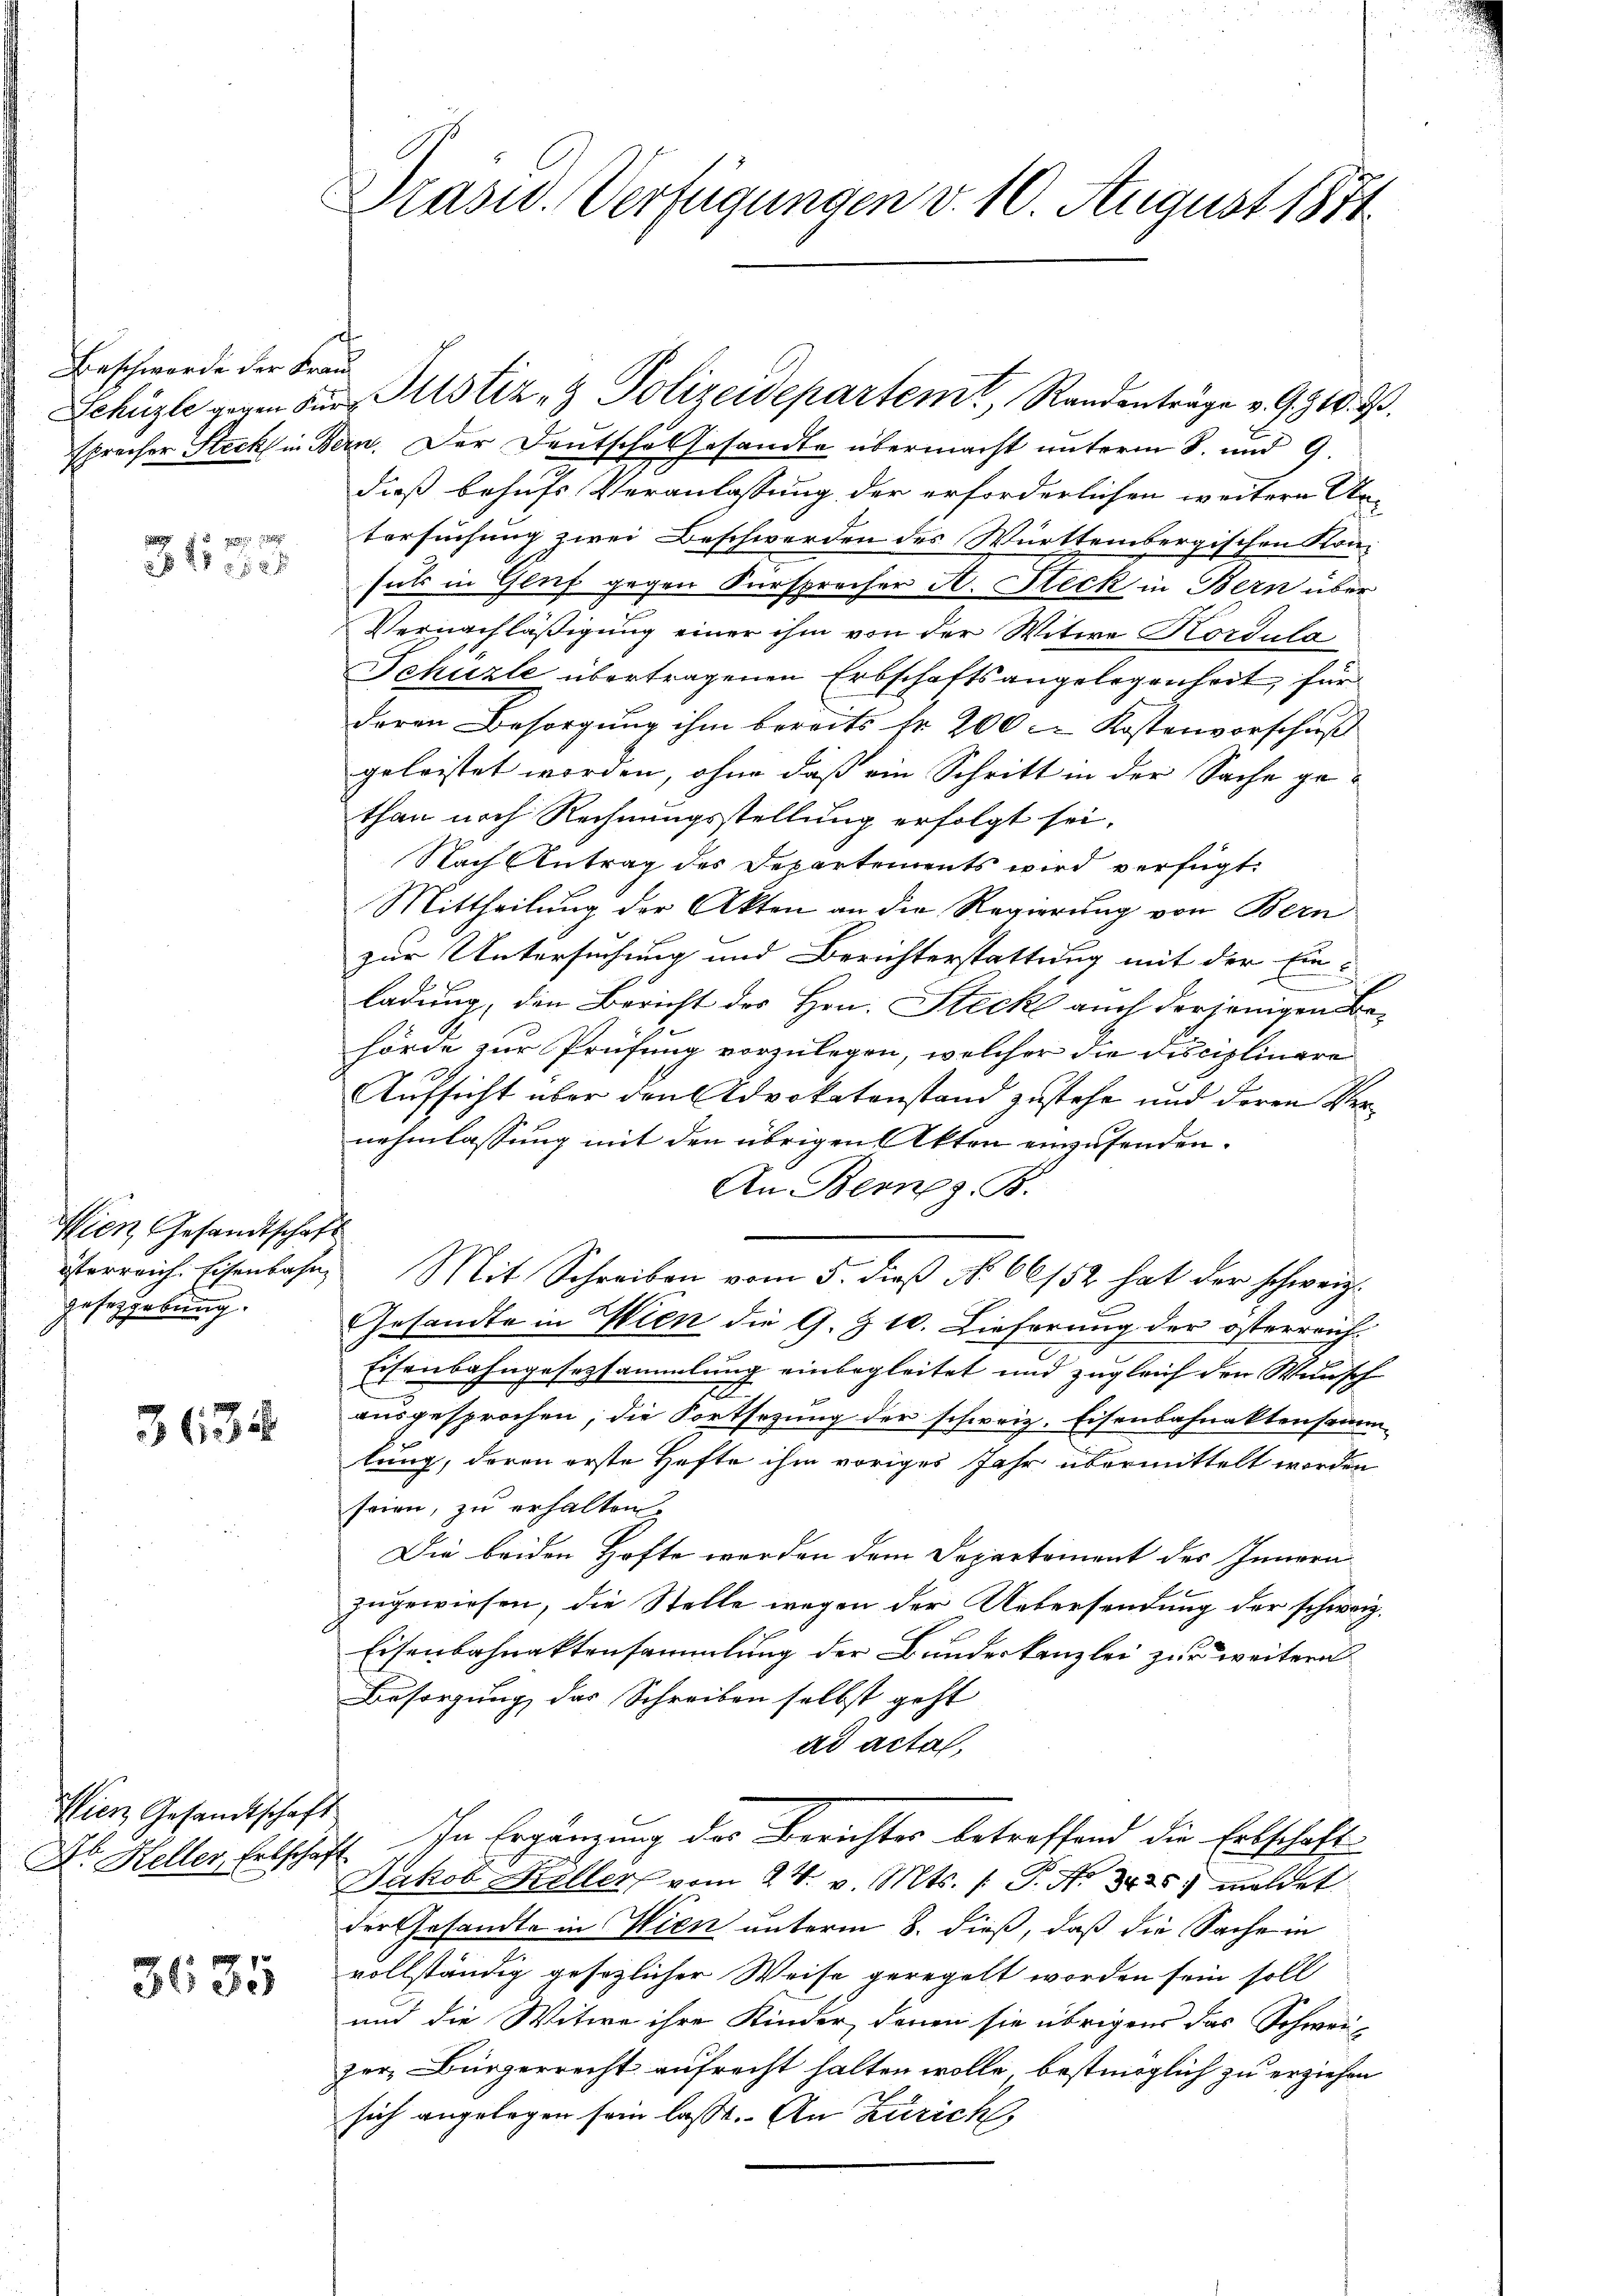
Beschwerde der Frau

430

Wien Gesandtschaft
geseggebung.

3634

Wien Gesandtschaft
Dr. Heller, Erbschaft

3635

Präsid. Verfügungen v. 10. August 1871

sprecher Steck in Bern. Der Deutschal gesandte übermacht unterm 8. und 9.
dieß behufs Veranlassung der erforderlichen weitere An-
tersuchung zwei Beschwerden des Württembergischen Konsuls in Gluf gegen Fürspreiser A. Steck in Bern über
Vernachläßigung einer ihm von der Witwe Kordulo
Schüzle übertragenen Erbschaftsangelegenheit für
deren Besorgung ihm bereits Nr. 200. Kostenvorschuß
geleistet worden, ohne daß ein Schritt in der Sache gethan noch Rechnungsstellung erfolgt sei.
Nach Antrag des Departements wird verfügt:
Mittheilung der Akten an die Regierung von Bern
zur Untersuchung und Berichterstattung mit der Ein-
n
ladung, den Bericht des Hrn. Stecke auch derjenigen Be-
hörde zur Prüfung vorzulegen, welcher die Disciplinare
Aufsicht über den Advokatenstand zustehe und deren Vernehmlassung mit den übrigen Akten einzusenden.
An Bern z. B.
isterreich. Eisenbahn. Mit Schreiben vom 5. dieß No. 66152 hat der schweiz.
Gesandte in Wien die G. § 10. Lieferung der österreich-
Eisenbahngesetzsammlung einbegleitet und zugleich den Wunsch
ausgesprochen, die Fortsezung der schweiz. Eisenbahnaktensamm-
lung, daran erste Hefte ihm voriges Jahr übermittelt worden
seien, zu erhalten.
Die beiden Hofte werden dem Departement des Innern
zugewiesen, die Stelle wegen der Uebersendung der schweiz.
Eisenbahnaktensammlung der Bundeskanzlei zur weitern
Besorgung des Schreiben selbst geht
ad acta,
Ihn Ergänzung des Berichtes betreffend die Erbschaft
Jakob Keller vom 24. v. Mts. /: P. Nr. 325. meldet
der Gesandte in Wien unterm 8. dieß, daß die Sache in
vollständig gesezlicher Weise geregelt worden sein soll
und die Witwe ihre Kinder, denen sie übrigens das Schwei-
zer, Bürgerrecht aufrecht halten wolle, bestmöglich zu erziehen
sich angelegen sein lasse. An Zürich,

Schüzle gegen der Mitstiz- & Polizeidepartem Randenträge v. G. B.